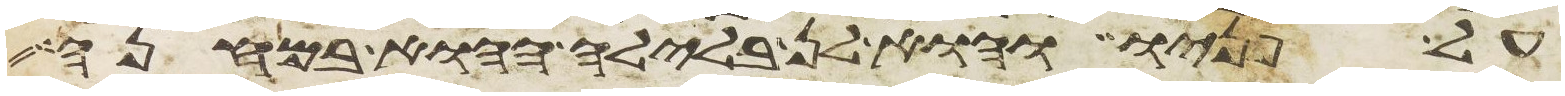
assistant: על פניו והוא לן בלילה ההוא במחנה